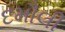
દમૌલી